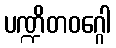
ပဏ္ဍိတဝဂ္ဂေါ